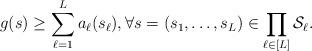
LaTeX: \begin{align*}g(s) \ge \sum_{\ell=1}^{L} a_\ell(s_\ell), \forall s = (s_1, \ldots, s_L) \in \prod_{\ell \in [L]} \mathcal{S}_\ell.\end{align*}